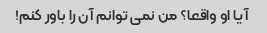
آیا او واقعا؟ من نمی توانم آن را باور کنم!